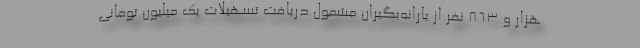
هزار و ۸۶۳ نفر از یارانه‌بگیران مشمول دریافت تسهیلات یک میلیون تومانی